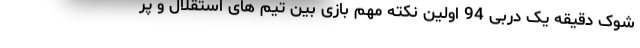
شوک دقیقه یک دربی 94 اولین نکته مهم بازی بین تیم های استقلال و پر